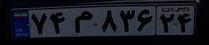
۷۴م۸۳۶۲۴